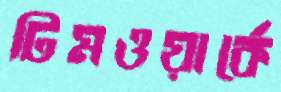
টিমওয়ার্কে